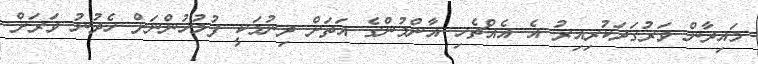
މައިދާން ވަރުގަދަކުރިއިރު އެ އެއްޗެހި އާންމުންގެ އަތަށް ދިނުމަކީ ފުލުހުންނަށް ހެދުނު ވަރަށް